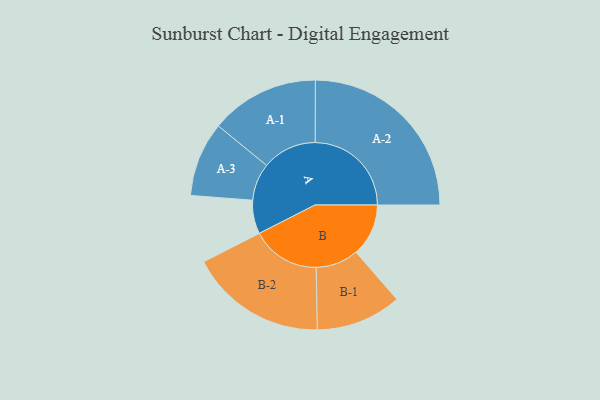
{"axis": {"x": "Segment", "y": "Value"}, "legend": ["", "A", "B"], "data": [{"x": "A", "y": 100, "type": ""}, {"x": "B", "y": 156, "type": ""}, {"x": "A-1", "y": 162, "type": "A"}, {"x": "A-2", "y": 286, "type": "A"}, {"x": "A-3", "y": 111, "type": "A"}, {"x": "B-1", "y": 127, "type": "B"}, {"x": "B-2", "y": 204, "type": "B"}]}